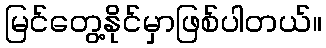
မြင်တွေ့နိုင်မှာဖြစ်ပါတယ်။